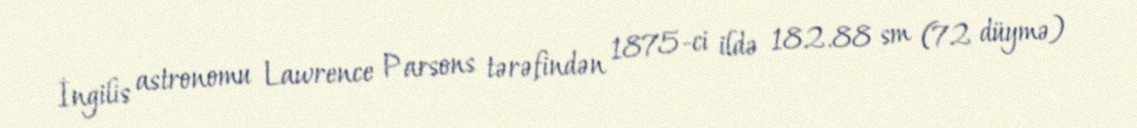
İngilis astronomu Lawrence Parsons tərəfindən 1875-ci ildə 182.88 sm (72 düymə)